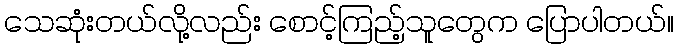
သေဆုံးတယ်လို့လည်း စောင့်ကြည့်သူတွေက ပြောပါတယ်။